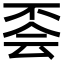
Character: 𠀾